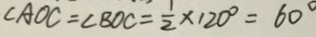
\angle A O C = \angle B O C = \frac { 1 } { 2 } \times 1 2 0 ^ { \circ } = 6 0 ^ { \circ }